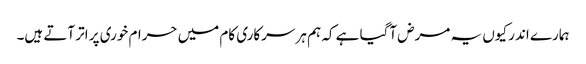
ہمارے اندر کیوں یہ مرض آگیا ہے کہ ہم ہر سرکاری کام میں حرام خوری پر اتر آتے ہیں۔